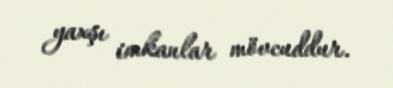
yaxşı imkanlar mövcuddur.